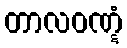
တာလဝဏ္ဋံ